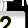
Digit: 2